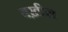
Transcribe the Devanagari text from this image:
बख़ील